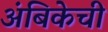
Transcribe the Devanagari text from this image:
अंबिकेची